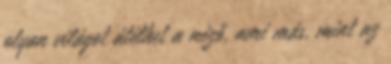
olyan világot átélhet a néző, ami más, mint az